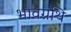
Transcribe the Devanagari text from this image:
भावग्रंथि